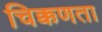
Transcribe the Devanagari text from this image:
चिक्कणता